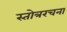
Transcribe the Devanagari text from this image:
स्तोत्ररचना